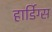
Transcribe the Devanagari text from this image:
हार्डिग्स